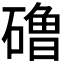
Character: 𰧞